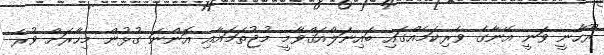
ރޫހާނީ ވަނީ އޭނާގެ ވެރިކަމެއްގައި ބައިނަލްއަޤްވާމީ މުޖުތަމައާއި އޮންނަ ގުޅުން މިހާރަށް ވުރެ